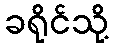
ခရိုင်သို့